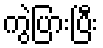
ကွဲပြားပြီး